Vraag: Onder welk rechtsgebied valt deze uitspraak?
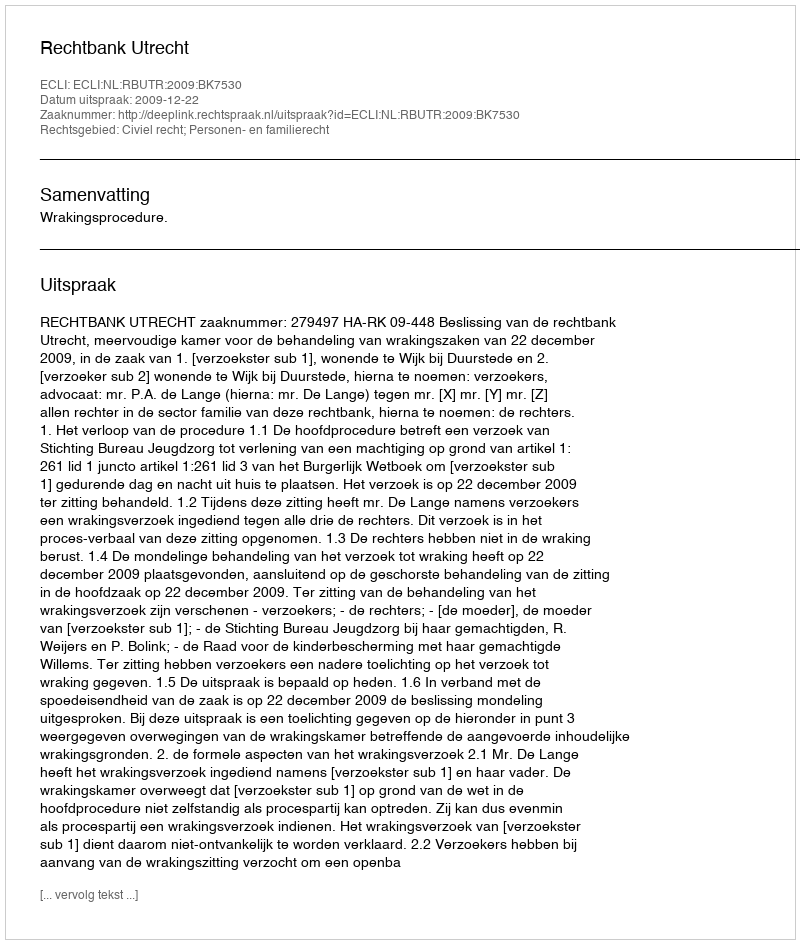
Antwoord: Civiel recht; Personen- en familierecht